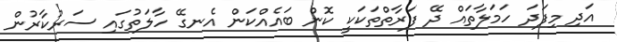
އަދި މިފަދަ ހަމަލާތައް ދޭ ފަރާތްތަކަކީ ކޮން ބައެއްކަން އެނގޭ ހާލަތުގައި ސަރުކާރުން